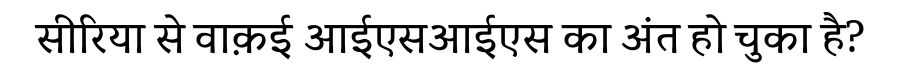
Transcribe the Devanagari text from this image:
सीरिया से वाक़ई आईएसआईएस का अंत हो चुका है?